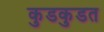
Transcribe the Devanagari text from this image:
कुडकुडत